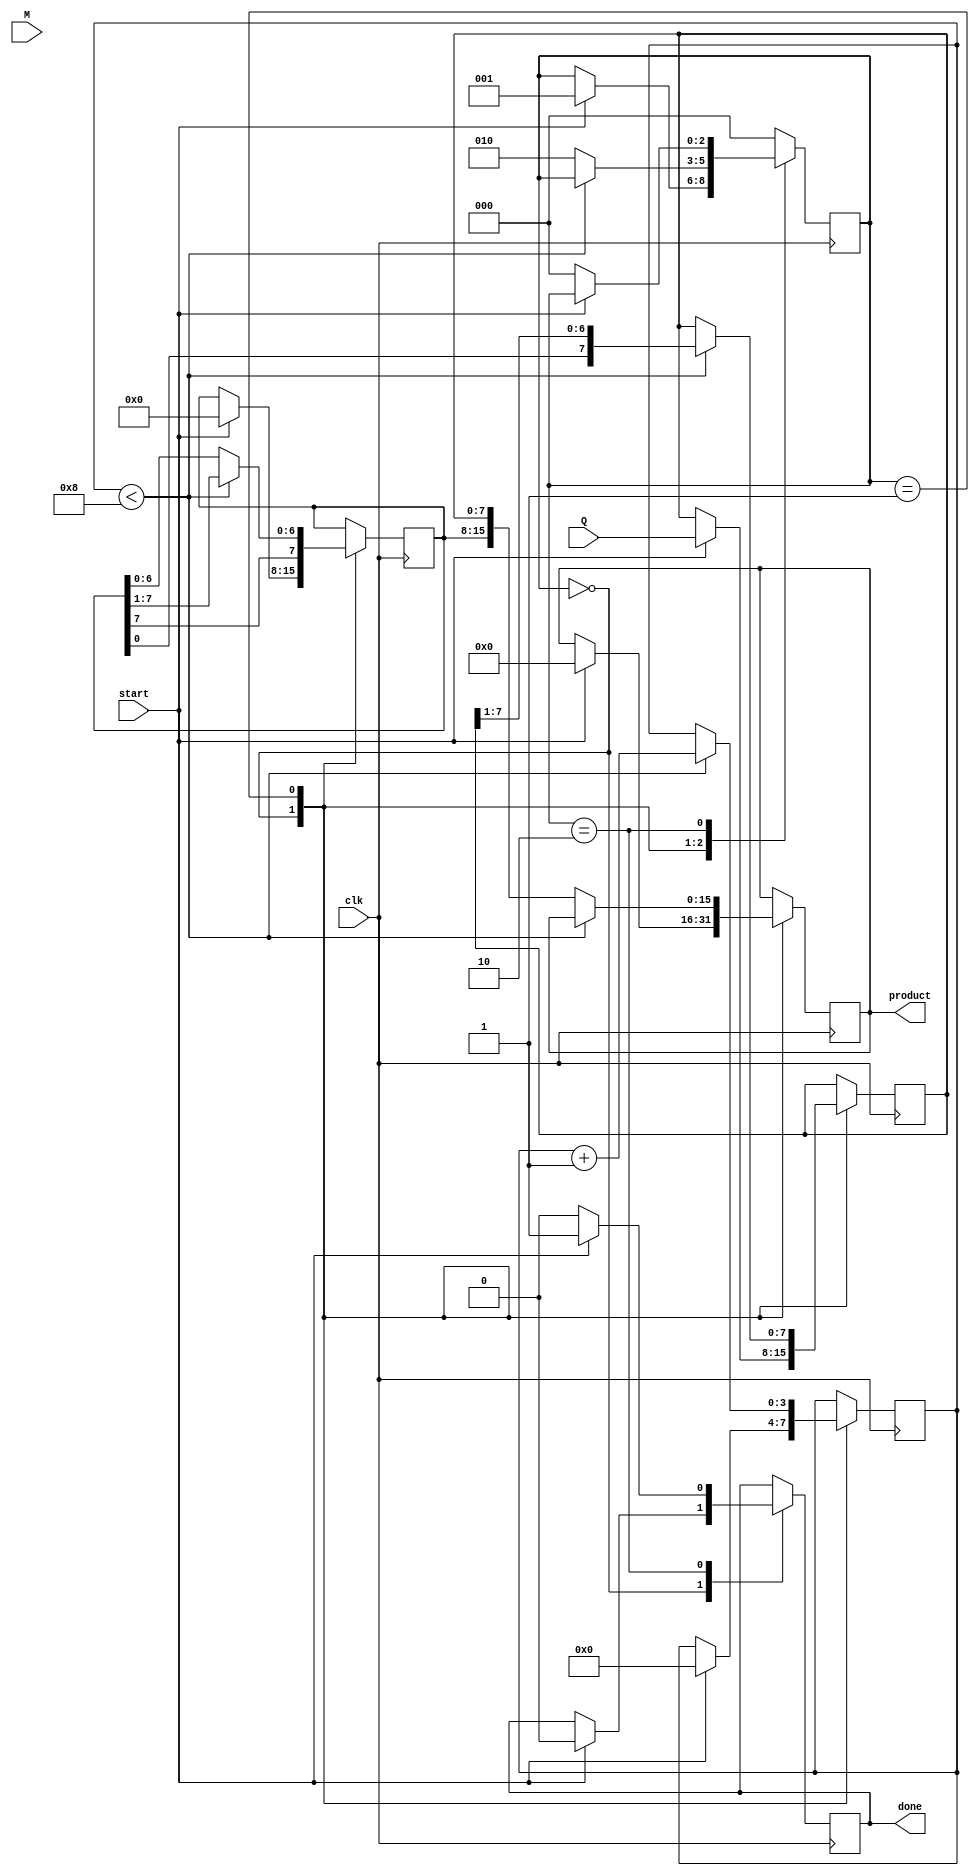
module modified_booth_multiplier #(
    parameter WIDTH = 8 // Input width can be defined here
)(
    input clk,
    input start,
    input signed [WIDTH-1:0] M, // Multiplicand
    input signed [WIDTH-1:0] Q, // Multiplier
    output reg signed [2*WIDTH-1:0] product, // Output Product
    output reg done // Done signal
);

    reg signed [WIDTH-1:0] A; // Accumulator
    reg [WIDTH-1:0] Q_reg; // Multiplier register
    reg Q1; // Previous bit of the multiplier
    reg [2:0] state; // State register for FSM
    reg [3:0] count; // Count register
    localparam IDLE = 3'd0, RUN = 3'd1, DONE = 3'd2;

    // State machine for control logic
    always @(posedge clk) begin
        case (state)
            IDLE: begin
                if (start) begin
                    A <= 0;
                    Q_reg <= Q;
                    Q1 <= 0; // Initialize previous bit
                    count <= 0; // Set iteration count to 0
                    product <= 0; // Clear product
                    state <= RUN;
                    done <= 0;
                end
            end
    
            RUN: begin
                if (count < WIDTH) begin
                    case ({Q_reg[0], Q1})
                        2'b00: begin
                            // Do nothing
                        end
                        2'b01: begin
                            // Add M to A
                            A <= A + M;
                        end
                        2'b10: begin
                            // Subtract M from A
                            A <= A - M;
                        end
                        2'b11: begin
                            // Do nothing
                        end
                    endcase

                    // Arithmetic right shift
                    {A, Q_reg} <= {A[WIDTH-1], A, Q_reg} >> 1; // Shift A and Q_reg
                    Q1 <= Q_reg[0]; // Update Q1 to the last bit of Q_reg
                    count <= count + 1; // Increment count
                end else begin
                    product <= {A, Q_reg}; // Store the final product
                    state <= DONE; // Transition to DONE state
                end
            end

            DONE: begin
                done <= 1; // Set done signal
                if (!start) begin // Reset on start signal low
                    state <= IDLE; // Move back to IDLE state
                    done <= 0; // Reset done signal
                end
            end

            default: state <= IDLE; // Fallback to IDLE
        endcase
    end
endmodule